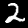
Digit: 2